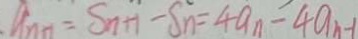
a _ { n n } = S _ { n + 1 } - S _ { n } = 4 a _ { n } - 4 a _ { n - 1 }